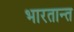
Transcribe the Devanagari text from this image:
भारतान्त